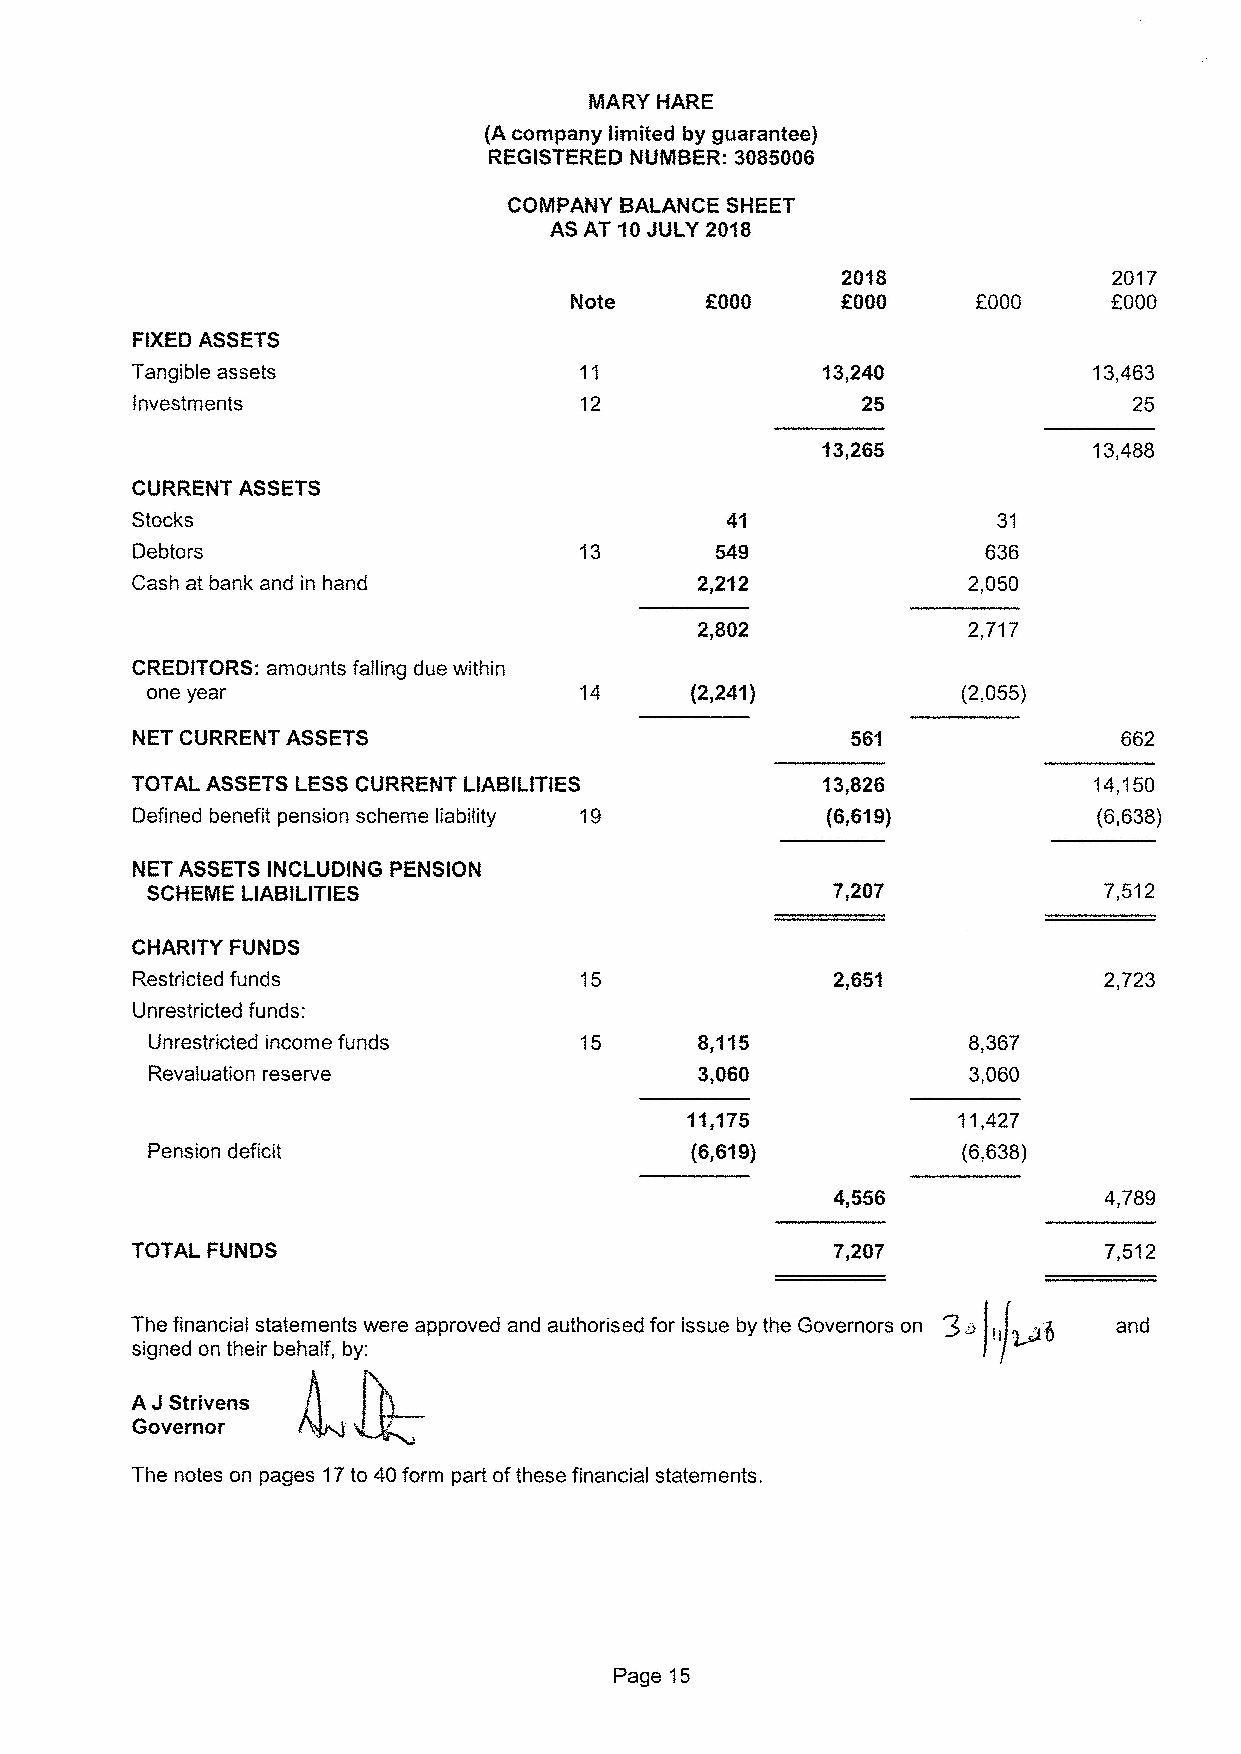
MARY HARE
 (A company limited by guarantee)
 REGISTERED NUMBER: 3085006
 2018              2017
 f000     f000
 OOOO                       OOOO
 FIXEDASSETS
 Tangible assets              11                                13,463
 Investments                  12                                   25
 13,265            13,488
 CURRENT ASSETS
 Stocks                                                   31
 Debtors                                                 636
 Cash at bank and in hand                               2,050
 2,717
 CREDITORS: amounts falling due within
 one year                                              (2,055)
 NET CURRENT ASSETS
 TOTAL ASSETS LESSCURRENT LIABILITIES                           14,150
 Defined benefit pension scheme liability 19                     (6,638)
 NET ASSETS INCLUDING PENSIGN
 SCHEME LIABILITIES                           7,207             7,512
 CHARITY FUNDS
 Restricted funds                                                2,?23
 Unrestricted funds:
 Unrestricted income funds           8,115             8,367
 Revaluation reserve                 3,060             3,060
 11,175            11,427
 Pension deficit                     (6,619)           (6,638)
 4,556             4,789
 TOTAL FUNDS                                                     7,512
 The financial statements were approved and authorised for issue by the Governors on 3~ ~g and
 ii
 signed on their behalf, by:
 J
 A Strivens
 Governor
 The notes on pages 17to 40form part ofthese financial statements.
 Page 15